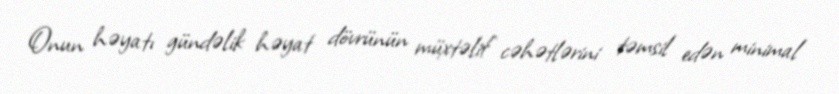
Onun həyatı gündəlik həyat dövrünün müxtəlif cəhətlərini təmsil edən minimal